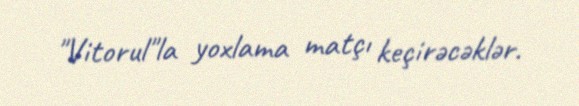
"Vitorul"la yoxlama matçı keçirəcəklər.